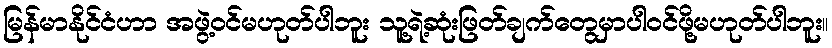
မြန်မာနိုင်ငံဟာ အဖွဲ့ဝင်မဟုတ်ပါဘူး သူ့ရဲ့ဆုံးဖြတ်ချက်တွေမှာပါဝင်ဖို့မဟုတ်ပါဘူး။